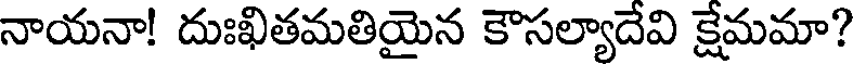
నాయనా! దుఃఖితమతియైన కౌసల్యాదేవి క్షేమమా?